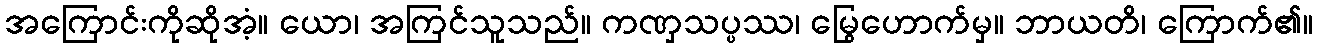
အကြောင်းကိုဆိုအံ့။ ယော၊ အကြင်သူသည်။ ကဏှသပ္ပဿ၊ မြွေဟောက်မှ။ ဘာယတိ၊ ကြောက်၏။